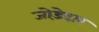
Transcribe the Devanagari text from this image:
जोड़ेदार